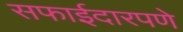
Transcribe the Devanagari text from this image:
सफाईदारपणे